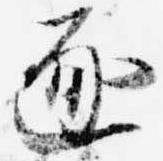
逐